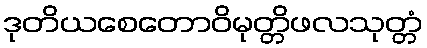
ဒုတိယစေတောဝိမုတ္တိဖလသုတ္တံ